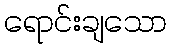
ရောင်းချသော